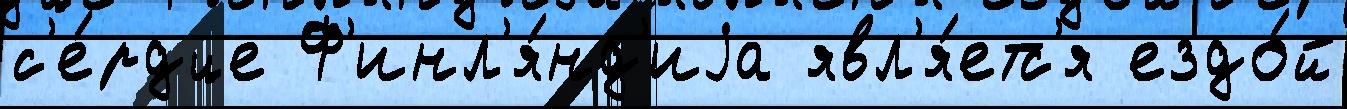
с'е́рдце Ф'инл'я́нд'иjа явл'я́етс'я ездо́й